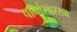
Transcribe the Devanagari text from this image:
पानांसारखा